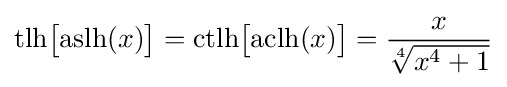
{\text{tlh}}{\bigl [}{\text{aslh}}(x){\bigr ]}={\text{ctlh}}{\bigl [}{\text{aclh}}(x){\bigr ]}={\frac {x}{\sqrt[{4}]{x^{4}+1}}}